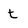
Character: t